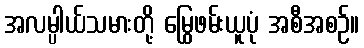
အလမ္ပါယ်သမားတို့ မြွေဖမ်းယူပုံ အစီအစဉ်။